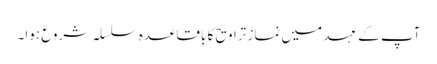
آپ کے عہد میں نماز تراویح کا باقاعدہ سلسلہ شروع ہوا۔